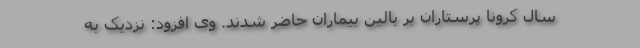
سال کرونا پرستاران بر بالین بیماران حاضر شدند. وی افزود: نزدیک به